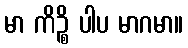
မာ ကိဉ္စိ ပါပ မာဂမာ။